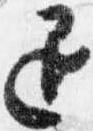
退